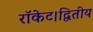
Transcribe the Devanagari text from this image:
रॉकेट।द्वितीय